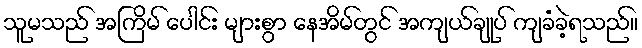
သူမသည် အကြိမ် ပေါင်း များစွာ နေအိမ်တွင် အကျယ်ချုပ် ကျခံခဲ့ရသည်။